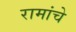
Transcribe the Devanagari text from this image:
रामांचे